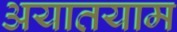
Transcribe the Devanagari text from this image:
अयातयाम